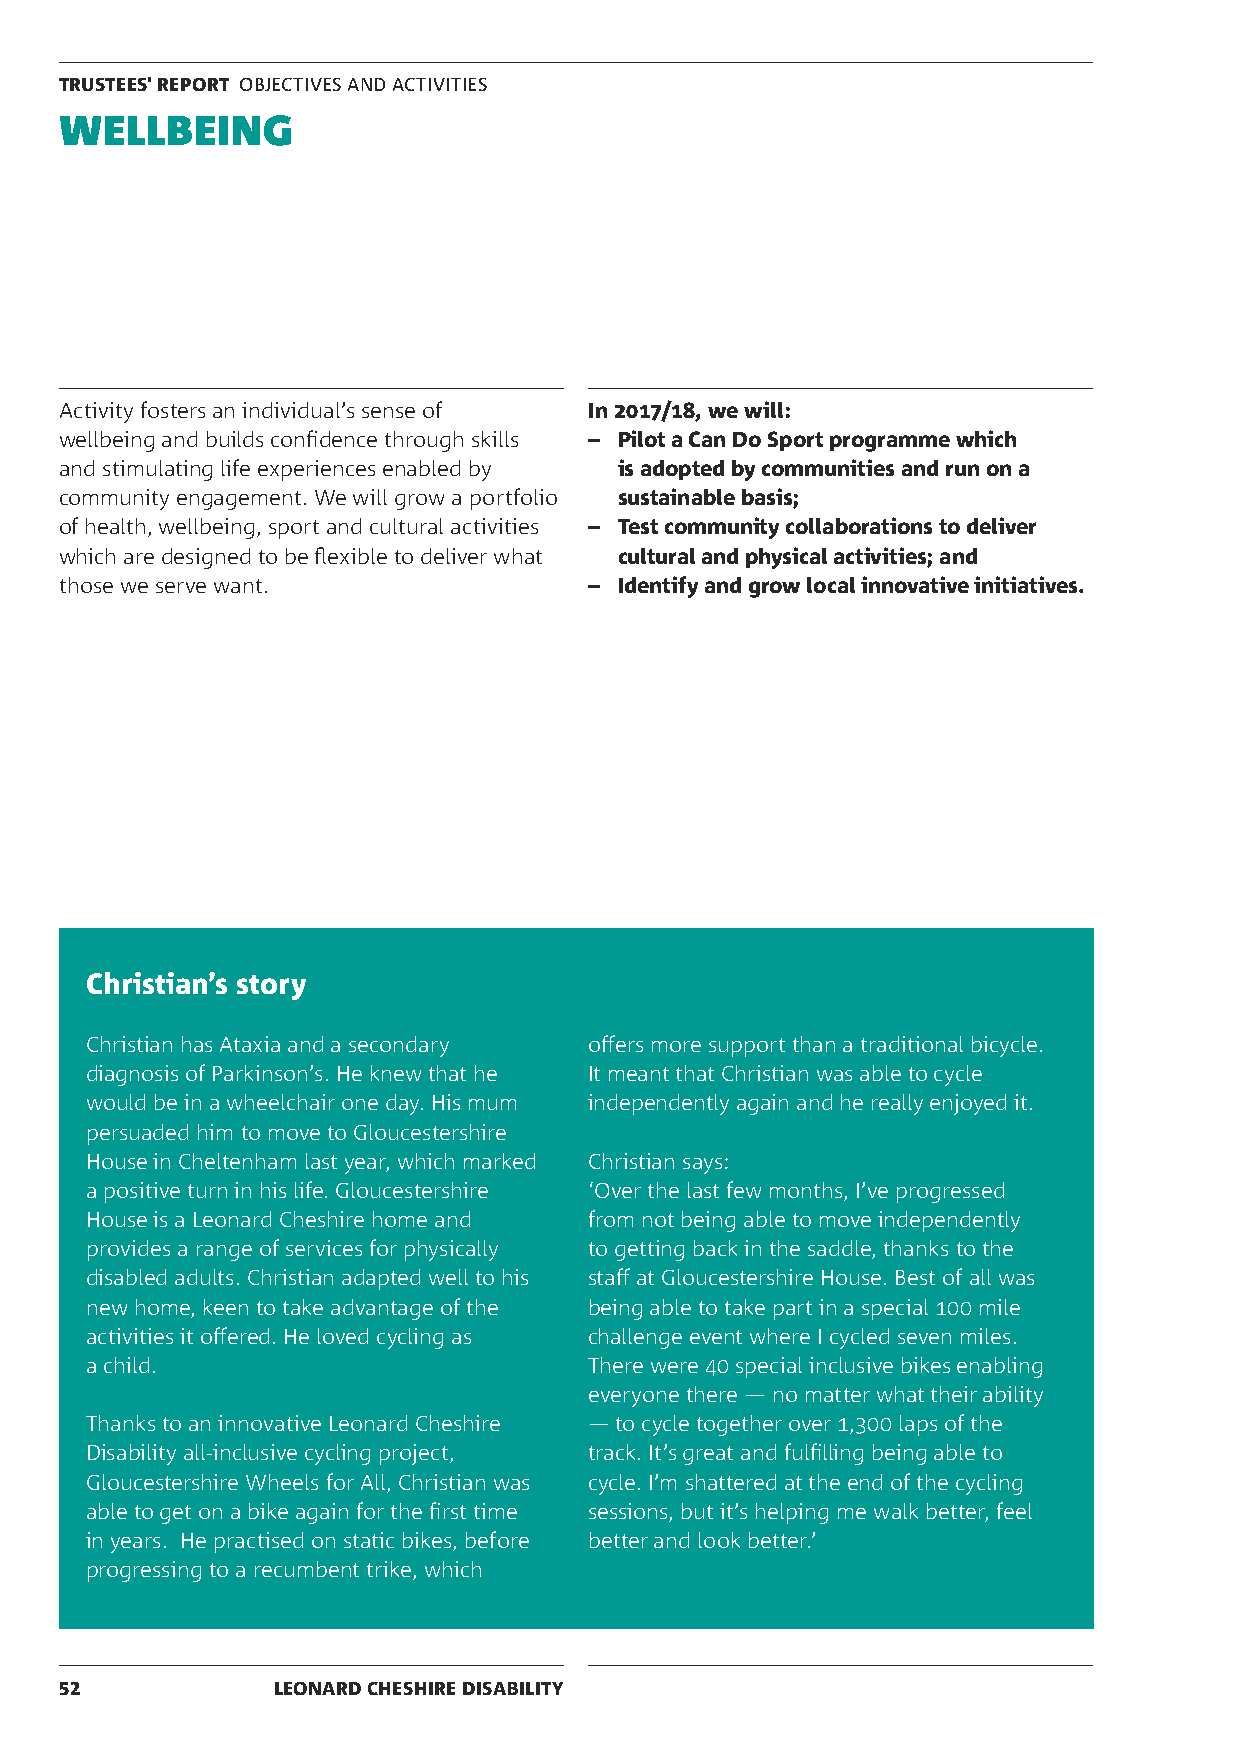
TRUSTEES' REPORT OBJECTIVES AND ACTIVITIES
 WELLBEING
 Activity fosters an individual’s sense of In 2017/18, we will:
 wellbeing and builds confidence through skills – Pilot a Can Do Sport programme which
 and stimulating life experiences enabled by is adopted by communities and run on a
 community engagement. We will grow a portfolio sustainable basis;
 of health, wellbeing, sport and cultural activities – Test community collaborations to deliver
 which are designed to be flexible to deliver what cultural and physical activities; and
 those we serve want.               – Identify and grow local innovative initiatives.
 Christian’s story
 Christian has Ataxia and a secondary offers more support than a traditional bicycle.
 diagnosis of Parkinson’s. He knew that he It meant that Christian was able to cycle
 would be in a wheelchair one day. His mum independently again and he really enjoyed it.
 persuaded him to move to Gloucestershire
 House in Cheltenham last year, which marked Christian says:
 a positive turn in his life. Gloucestershire ‘Over the last few months, I’ve progressed
 House is a Leonard Cheshire home and from not being able to move independently
 provides a range of services for physically to getting back in the saddle, thanks to the
 disabled adults. Christian adapted well to his staff at Gloucestershire House. Best of all was
 new home, keen to take advantage of the being able to take part in a special 100 mile
 activities it offered. He loved cycling as challenge event where I cycled seven miles.
 a child.                         There were 40 special inclusive bikes enabling
 everyone there — no matter what their ability
 Thanks to an innovative Leonard Cheshire — to cycle together over 1,300 laps of the
 Disability all-inclusive cycling project, track. It’s great and fulfilling being able to
 Gloucestershire Wheels for All, Christian was cycle. I’m shattered at the end of the cycling
 able to get on a bike again for the first time sessions, but it’s helping me walk better, feel
 in years. He practised on static bikes, before better and look better.’
 progressing to a recumbent trike, which
 52            LEONARD CHESHIRE DISABILITY